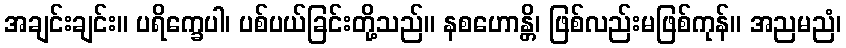
အချင်းချင်း။ ပရိက္ခေပါ၊ ပစ်ပယ်ခြင်းတို့သည်။ နစဟောန္တိ၊ ဖြစ်လည်းမဖြစ်ကုန်။ အညမညံ၊